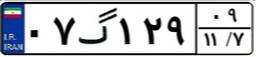
۰۷گ۱۲۹۰۹